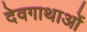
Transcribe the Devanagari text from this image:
देवगाथाओं